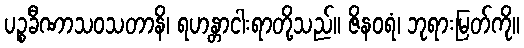
ပဉ္စခီဏာသဝသတာနိ၊ ရဟန္တာငါးရာတို့သည်။ ဇိနဝရံ၊ ဘုရားမြတ်ကို။